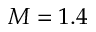
M = 1 . 4